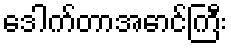
ဒေါက်တာအောင်ကြီး